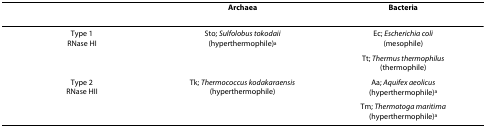
<table><thead><tr><td></td><td><b>Archaea</b></td><td><b>Bacteria</b></td></tr></thead><tbody><tr><td>Type 1RNase HI</td><td>Sto; <i>Sulfolobus tokodaii</i>(hyperthermophile)<sup>a</sup></td><td>Ec; <i>Escherichia coli</i>(mesophile)</td></tr><tr><td></td><td></td><td>Tt; <i>Thermus thermophilus</i>(thermophile)</td></tr><tr><td>Type 2RNase HII</td><td>Tk; <i>Thermococcus kodakaraensis</i>(hyperthermophile)</td><td>Aa; <i>Aquifex aeolicus</i>(hyperthermophile)<sup>a</sup></td></tr><tr><td></td><td></td><td>Tm; <i>Thermotoga maritima</i>(hyperthermophile)<sup>a</sup></td></tr></tbody></table>